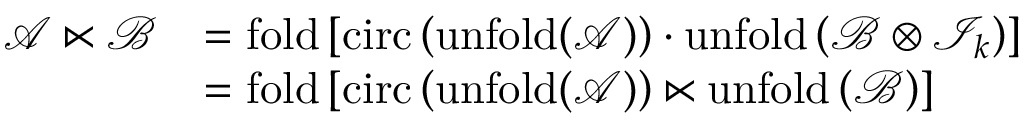
\begin{array} { r l } { \mathcal { A } \ltimes \mathcal { B } } & { = \mathrm { f o l d } \left[ \mathrm { c i r c } \left( \mathrm { u n f o l d ( \mathcal { A } ) } \right) \cdot \mathrm { u n f o l d } \left( \mathcal { B } \otimes \mathcal { I } _ { k } \right) \right] } \\ & { = \mathrm { f o l d } \left[ \mathrm { c i r c } \left( \mathrm { u n f o l d ( \mathcal { A } ) } \right) \ltimes \mathrm { u n f o l d } \left( \mathcal { B } \right) \right] } \end{array}